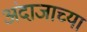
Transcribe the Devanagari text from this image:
अंदाजाच्या